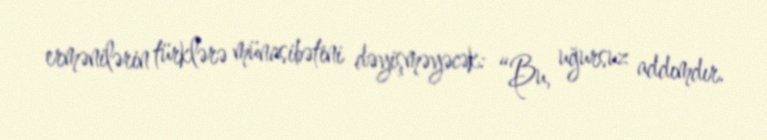
ermənilərin türklərə münasibətini dəyişməyəcək: “Bu, uğursuz addımdır.